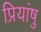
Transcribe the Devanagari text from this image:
प्रियांषु